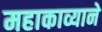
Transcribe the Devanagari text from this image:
महाकाव्याने